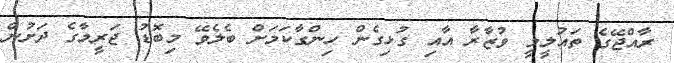
ރާއްޖޭގެ ތައުލީމީ ވުޒާރާ އާއި ގުޅިގެން ހިންގާކަމަށް ބެލެވޭ މިބޮޑު ޖަރީމާގެ ދަށުން